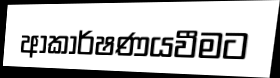
ආකාර්ෂණයවීමට